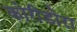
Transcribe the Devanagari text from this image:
कोरीडोरा